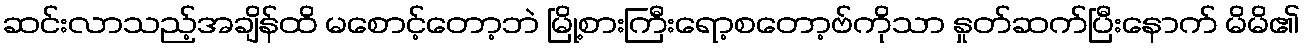
ဆင်းလာသည့်အချိန်ထိ မစောင့်တော့ဘဲ မြို့စားကြီးရော့စတော့ဗ်ကိုသာ နှုတ်ဆက်ပြီးနောက် မိမိ၏